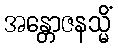
အန္တောဇနသ္မိံ